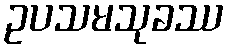
ဥပသမသုခဿ